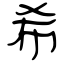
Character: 希